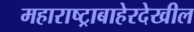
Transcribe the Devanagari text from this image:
महाराष्ट्राबाहेरदेखील